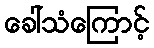
ခေါ်သံကြောင့်